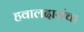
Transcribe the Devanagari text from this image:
हवालदारांचा